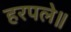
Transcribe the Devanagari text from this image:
हरपले॥